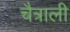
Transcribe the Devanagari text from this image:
चैत्राली